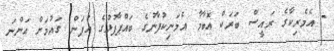
- އެމެރިކާގެ ރައީސް ބަަރަކް އޮބާމާ އެމަނިކުފާނުގެ ބައްޕާފުޅުގެ އުފަން ގައުމަށް އަންނަ